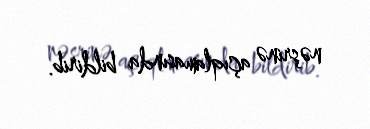
nəşrinə açıqlamasında bildirib.